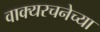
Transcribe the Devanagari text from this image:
वाक्यरचनेच्या